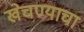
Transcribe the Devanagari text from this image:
खेचण्याचा